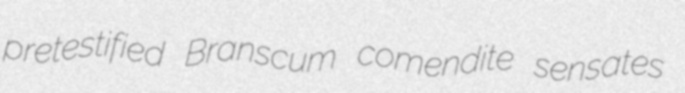
pretestified Branscum comendite sensates